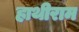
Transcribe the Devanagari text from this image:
हाथीराम